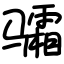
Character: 骦